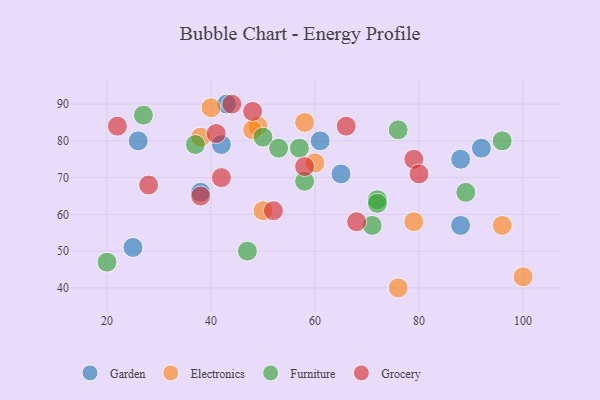
{"axis": {"x": "GDP", "y": "Life Expectancy"}, "legend": ["Electronics", "Furniture", "Garden", "Grocery"], "data": [{"x": "88", "y": 57, "type": "Garden"}, {"x": "61", "y": 80, "type": "Garden"}, {"x": "92", "y": 78, "type": "Garden"}, {"x": "38", "y": 66, "type": "Garden"}, {"x": "88", "y": 75, "type": "Garden"}, {"x": "26", "y": 80, "type": "Garden"}, {"x": "65", "y": 71, "type": "Garden"}, {"x": "43", "y": 90, "type": "Garden"}, {"x": "25", "y": 51, "type": "Garden"}, {"x": "42", "y": 79, "type": "Garden"}, {"x": "76", "y": 40, "type": "Electronics"}, {"x": "96", "y": 57, "type": "Electronics"}, {"x": "79", "y": 58, "type": "Electronics"}, {"x": "49", "y": 84, "type": "Electronics"}, {"x": "40", "y": 89, "type": "Electronics"}, {"x": "48", "y": 83, "type": "Electronics"}, {"x": "60", "y": 74, "type": "Electronics"}, {"x": "50", "y": 61, "type": "Electronics"}, {"x": "38", "y": 81, "type": "Electronics"}, {"x": "58", "y": 85, "type": "Electronics"}, {"x": "100", "y": 43, "type": "Electronics"}, {"x": "58", "y": 69, "type": "Furniture"}, {"x": "89", "y": 66, "type": "Furniture"}, {"x": "57", "y": 78, "type": "Furniture"}, {"x": "47", "y": 50, "type": "Furniture"}, {"x": "50", "y": 81, "type": "Furniture"}, {"x": "71", "y": 57, "type": "Furniture"}, {"x": "72", "y": 64, "type": "Furniture"}, {"x": "53", "y": 78, "type": "Furniture"}, {"x": "96", "y": 80, "type": "Furniture"}, {"x": "27", "y": 87, "type": "Furniture"}, {"x": "72", "y": 63, "type": "Furniture"}, {"x": "76", "y": 83, "type": "Furniture"}, {"x": "37", "y": 79, "type": "Furniture"}, {"x": "20", "y": 47, "type": "Furniture"}, {"x": "79", "y": 75, "type": "Grocery"}, {"x": "38", "y": 65, "type": "Grocery"}, {"x": "44", "y": 90, "type": "Grocery"}, {"x": "52", "y": 61, "type": "Grocery"}, {"x": "80", "y": 71, "type": "Grocery"}, {"x": "28", "y": 68, "type": "Grocery"}, {"x": "22", "y": 84, "type": "Grocery"}, {"x": "41", "y": 82, "type": "Grocery"}, {"x": "58", "y": 73, "type": "Grocery"}, {"x": "42", "y": 70, "type": "Grocery"}, {"x": "66", "y": 84, "type": "Grocery"}, {"x": "68", "y": 58, "type": "Grocery"}, {"x": "48", "y": 88, "type": "Grocery"}]}